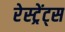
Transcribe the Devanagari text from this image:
रेस्ट्रेंट्स